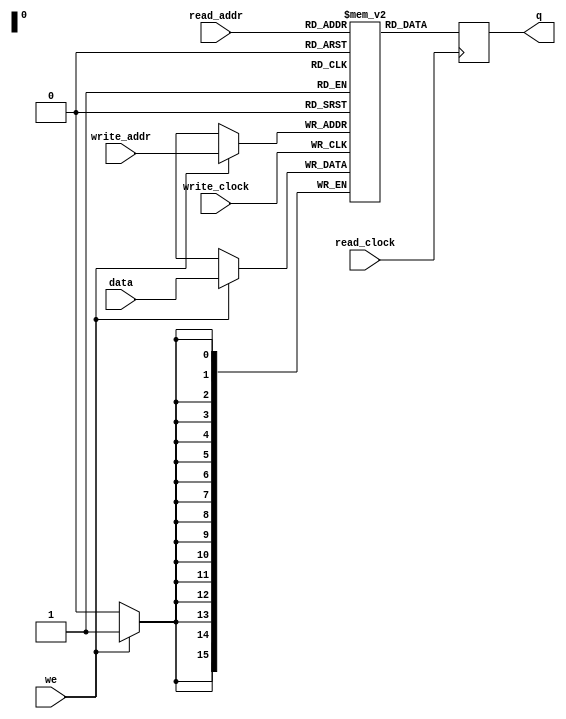
module memoriaDeDados
#(parameter DATA_WIDTH=16, parameter ADDR_WIDTH=16)
(
	input [(DATA_WIDTH-1):0] data,
	input [(ADDR_WIDTH-1):0] read_addr, write_addr,
	input we, read_clock, write_clock,
	output reg [(DATA_WIDTH-1):0] q
);
	
	// Declare the RAM variable
	reg [DATA_WIDTH-1:0] ram[2**ADDR_WIDTH-1:0];
	
	always @ (posedge write_clock)
	begin
		// Write
		if (we)
			ram[write_addr] <= data;
	end
	
	always @ (posedge read_clock)
	begin
		// Read 
		q <= ram[read_addr];
	end
	
endmodule